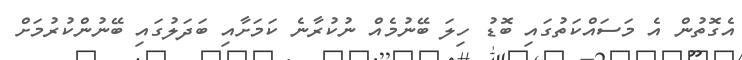
އެގޮތުން އެ މަސައްކަތުގައި ބޮޑު ހިލަ ބޭނުމެއް ނުކުރާނެ ކަމަށާއި ބަދަލުގައި ބޭނުންކުރުމަށް